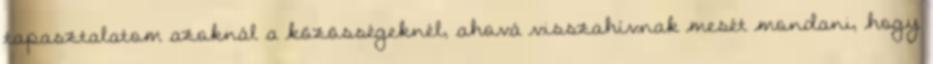
tapasztalatom azoknál a közösségeknél, ahová visszahívnak mesét mondani, hogy